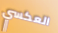
العكسي